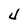
Character: 4